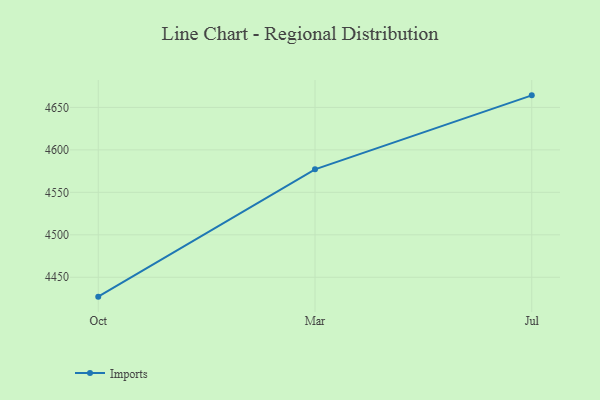
{"axis": {"x": "Month", "y": "Page Views"}, "legend": ["Imports"], "data": [{"x": "Oct", "y": 4427.2, "type": "Imports"}, {"x": "Mar", "y": 4577.1, "type": "Imports"}, {"x": "Jul", "y": 4664.2, "type": "Imports"}]}